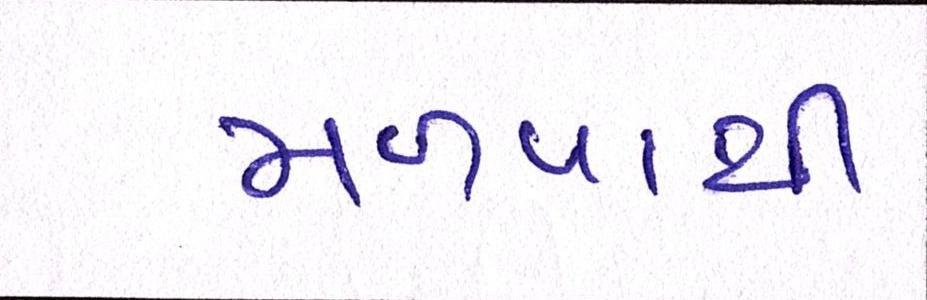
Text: મળવાથી